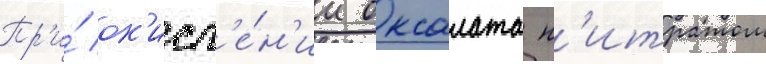
Пр'и́ ок'исл'е́н'ии оксалата н'итратом